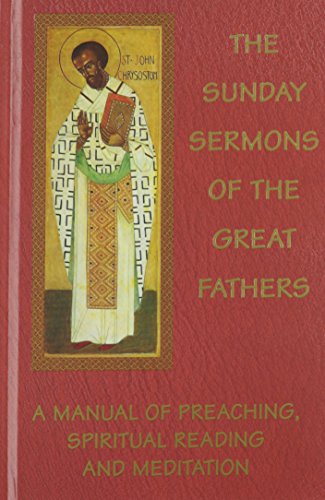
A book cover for The Sunday Sermons of the Great Fathers (4 Volume Set); Fr. M.F. Toal D.D.; Christian Books & Bibles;